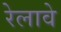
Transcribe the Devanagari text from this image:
रेलावे